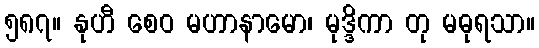
၅၈၇။ နုဟီ စေဝ မဟာနာမော၊ မုဒ္ဒိကာ တု မဓုရသာ။